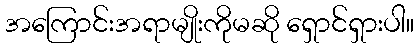
အကြောင်းအရာမျိုးကိုမဆို ရှောင်ရှားပါ။